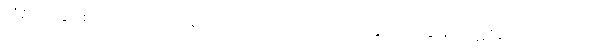
တံစိုးစားခြင်းစဉ်းလဲလှည့်ပတ်ခြင်းတည်းဟူ သောအကောက်နှင့် ယှဉ်ခြင်းမှ။ ပဋိဝိရတော၊ ကြဉ်သည်။